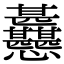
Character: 𢦊